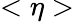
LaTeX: <\eta>